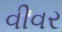
વીવર